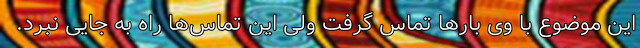
این موضوع با وی بارها تماس گرفت ولی این تماس‌ها راه به جایی نبرد.